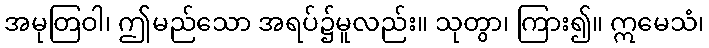
အမုတြဝါ၊ ဤမည်သော အရပ်၌မူလည်း။ သုတွာ၊ ကြား၍။ ဣမေသံ၊